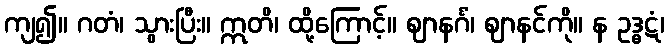
ကျ၍။ ဂတံ၊ သွားပြီး။ ဣတိ၊ ထို့ကြောင့်။ ဈာနင်္ဂံ၊ ဈာနင်ကို။ န ဥဒ္ဓဋံ၊